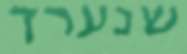
שנערך